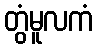
တွံမူလကံ